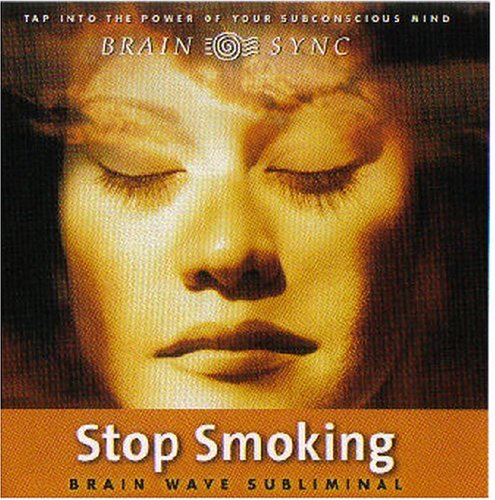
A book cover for Stop Smoking (Brain Sync audios); Health, Fitness & Dieting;